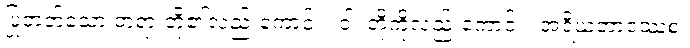
ပြုတတ်သော တရားတို့၏လည်းကောင်း။ ဝါ၊ တို့ကိုလည်းကောင်း။ အရိယဘာဝဿစ၊